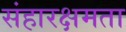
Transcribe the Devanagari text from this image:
संहारक्षमता